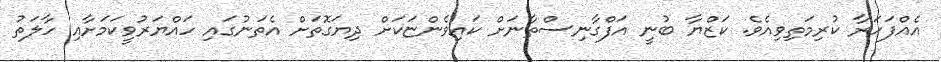
އެއްފަހަރާ ކުރިމަތިވިއެވެ. ކަޒްޔާ ބުނީ އަފްގާނިސްތާނަށް ކައިވެންޏަކަށް ދިޔަގޮތަށް އެތަނުގައި ހައްޔަރުވީކަމަށާއި ހާލަތު